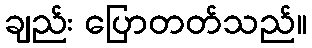
ချည်း ပြောတတ်သည်။